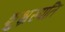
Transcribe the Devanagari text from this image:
शुभ्रस्पति